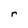
Character: r